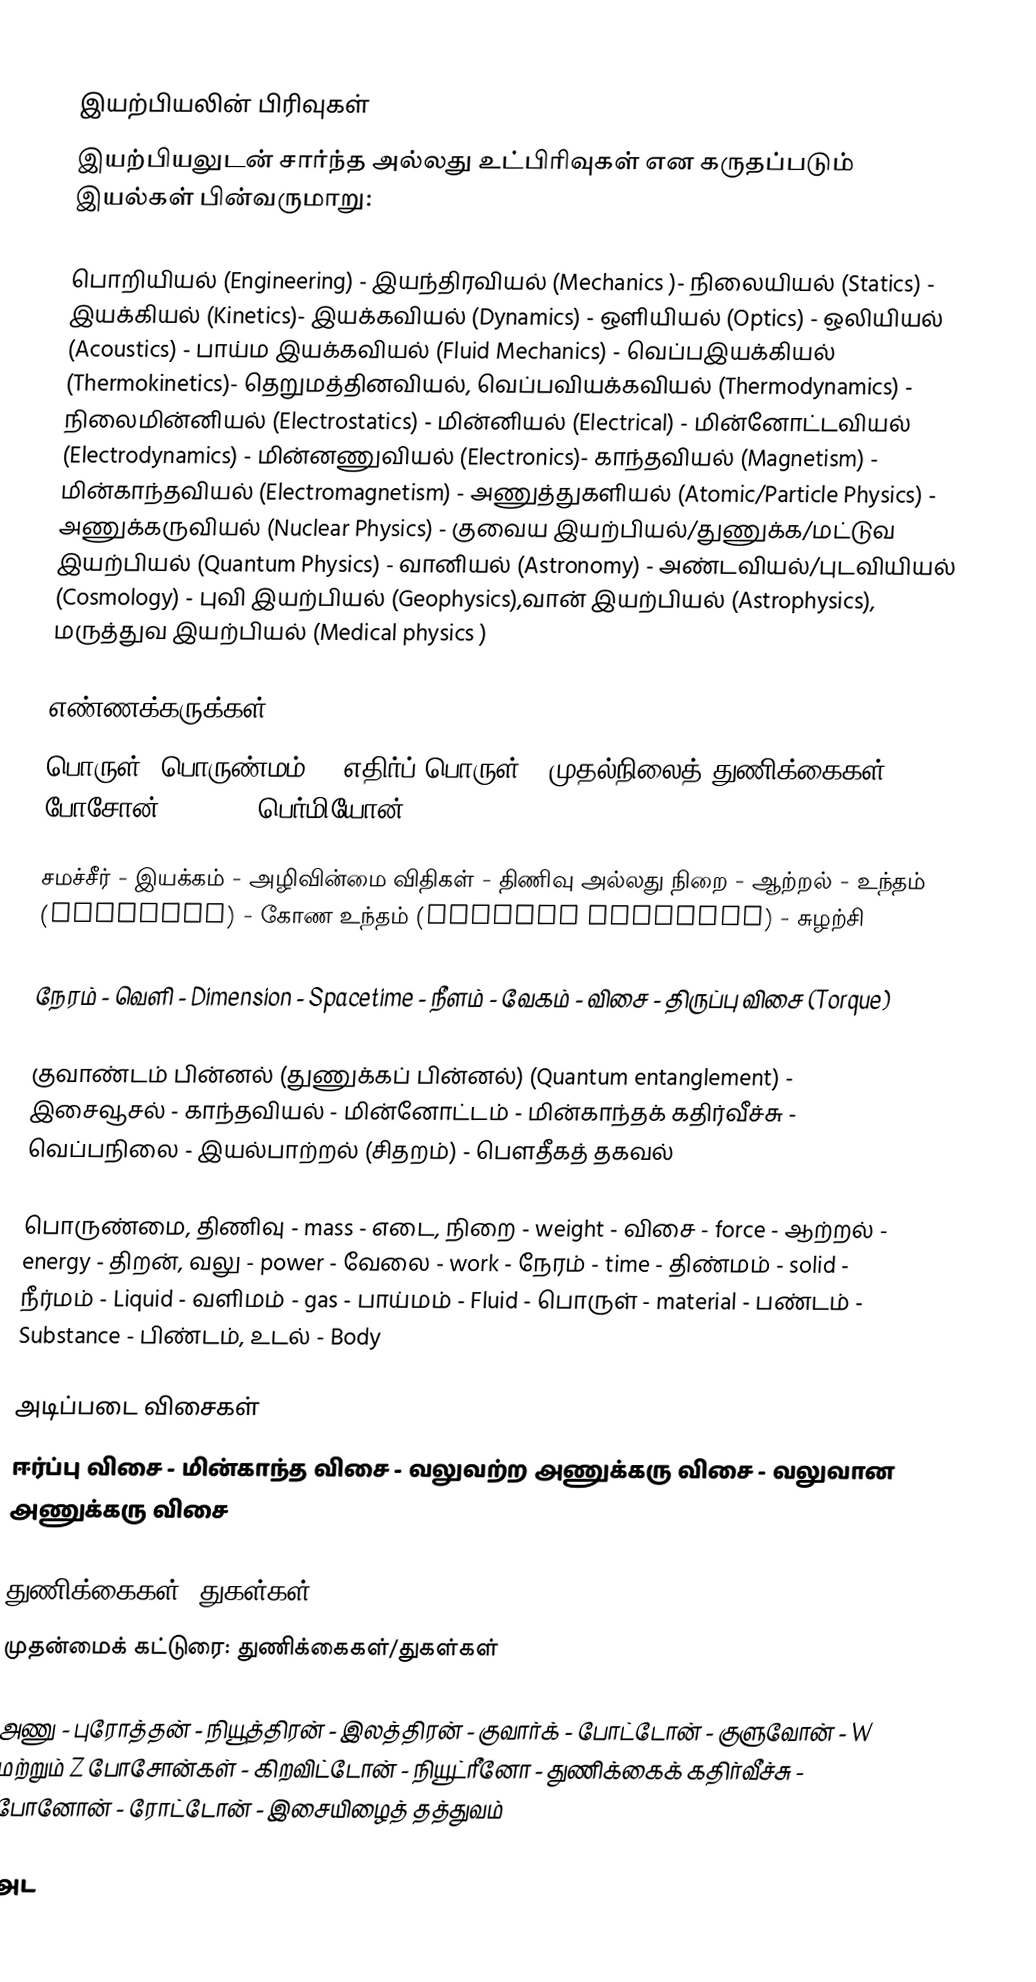

இயற்பியலின் பிரிவுகள்
இயற்பியலுடன் சார்ந்த அல்லது உட்பிரிவுகள் என கருதப்படும் இயல்கள் பின்வருமாறு:

பொறியியல் (Engineering) - இயந்திரவியல் (Mechanics )- நிலையியல்  (Statics) - இயக்கியல் (Kinetics)- இயக்கவியல் (Dynamics) - ஒளியியல் (Optics) - ஒலியியல்  (Acoustics) - பாய்ம இயக்கவியல் (Fluid Mechanics) - வெப்பஇயக்கியல் (Thermokinetics)- தெறுமத்தினவியல், வெப்பவியக்கவியல் (Thermodynamics) - நிலைமின்னியல் (Electrostatics) - மின்னியல் (Electrical) - மின்னோட்டவியல் (Electrodynamics) -  மின்னணுவியல் (Electronics)- காந்தவியல் (Magnetism) - மின்காந்தவியல்  (Electromagnetism) - அணுத்துகளியல் (Atomic/Particle Physics) - அணுக்கருவியல் (Nuclear Physics) - குவைய இயற்பியல்/துணுக்க/மட்டுவ இயற்பியல் (Quantum Physics) - வானியல் (Astronomy) - அண்டவியல்/புடவியியல் (Cosmology)  - புவி இயற்பியல் (Geophysics),வான் இயற்பியல் (Astrophysics), மருத்துவ இயற்பியல் (Medical physics )

எண்ணக்கருக்கள்
பொருள் (பொருண்மம்) - எதிர்ப் பொருள் - முதல்நிலைத் துணிக்கைகள் - போசோன்(Boson) - பெர்மியோன் (Fermion)

சமச்சீர் - இயக்கம் - அழிவின்மை விதிகள் - திணிவு அல்லது நிறை - ஆற்றல் - உந்தம் (Momentum) - கோண உந்தம் (Angular Momentum) - சுழற்சி

நேரம் - வெளி - Dimension -  Spacetime - நீளம் - வேகம் - விசை - திருப்பு விசை (Torque)

குவாண்டம் பின்னல் (துணுக்கப் பின்னல்) (Quantum entanglement) - இசைவூசல் - காந்தவியல் - மின்னோட்டம் - மின்காந்தக் கதிர்வீச்சு - வெப்பநிலை - இயல்பாற்றல் (சிதறம்) - பௌதீகத் தகவல்

பொருண்மை, திணிவு - mass - எடை, நிறை - weight - விசை - force - ஆற்றல் - energy - திறன், வலு - power - வேலை - work - நேரம் - time - திண்மம் - solid - நீர்மம் - Liquid - வளிமம் - gas - பாய்மம் - Fluid - பொருள் - material - பண்டம் - Substance - பிண்டம், உடல் - Body

அடிப்படை விசைகள்
ஈர்ப்பு விசை - மின்காந்த விசை - வலுவற்ற அணுக்கரு விசை - வலுவான அணுக்கரு விசை

துணிக்கைகள் [துகள்கள்]
முதன்மைக் கட்டுரை: துணிக்கைகள்/துகள்கள்

அணு - புரோத்தன் - நியூத்திரன் - இலத்திரன் - குவார்க் - போட்டோன் - குளுவோன் - W மற்றும் Z போசோன்கள் - கிறவிட்டோன் - நியூட்ரீனோ - துணிக்கைக் கதிர்வீச்சு - போனோன் - ரோட்டோன் - இசையிழைத் தத்துவம்

அட